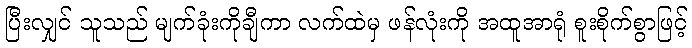
ပြီးလျှင် သူသည် မျက်ခုံးကိုချီကာ လက်ထဲမှ ဖန်လုံးကို အထူအာရုံ စူးစိုက်စွာဖြင့်